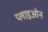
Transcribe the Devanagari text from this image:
प्लाइओन